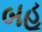
બહૂ